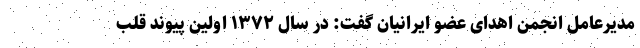
مدیرعامل انجمن اهدای عضو ایرانیان گفت: در سال ۱۳۷۲ اولین پیوند قلب